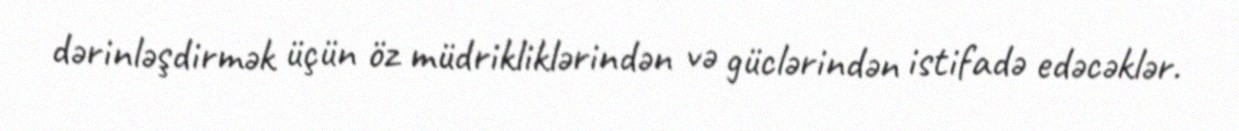
dərinləşdirmək üçün öz müdrikliklərindən və güclərindən istifadə edəcəklər.